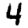
Digit: 4